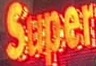
Super